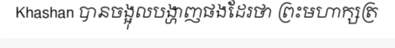
Khashan បានចង្អុលបង្ហាញផងដែរថា ព្រះមហាក្សត្រ